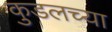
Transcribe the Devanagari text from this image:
कुडलच्या